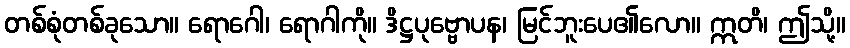
တစ်စုံတစ်ခုသော။ ရောဂေါ၊ ရောဂါကို။ ဒိဋ္ဌပုဗ္ဗောပန၊ မြင်ဘူးပေ၏လော။ ဣတိ၊ ဤသို့။